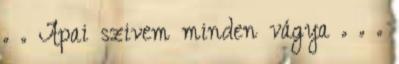
. . Apai szivem minden vágya . . .